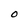
Character: O